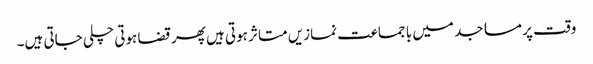
وقت پر مساجد میں با جماعت نمازیں متاثر ہوتی ہیں پھر قضا ہوتی چلی جاتی ہیں۔